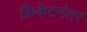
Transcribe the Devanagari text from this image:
क्रिकेटनंतर